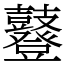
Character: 鼟